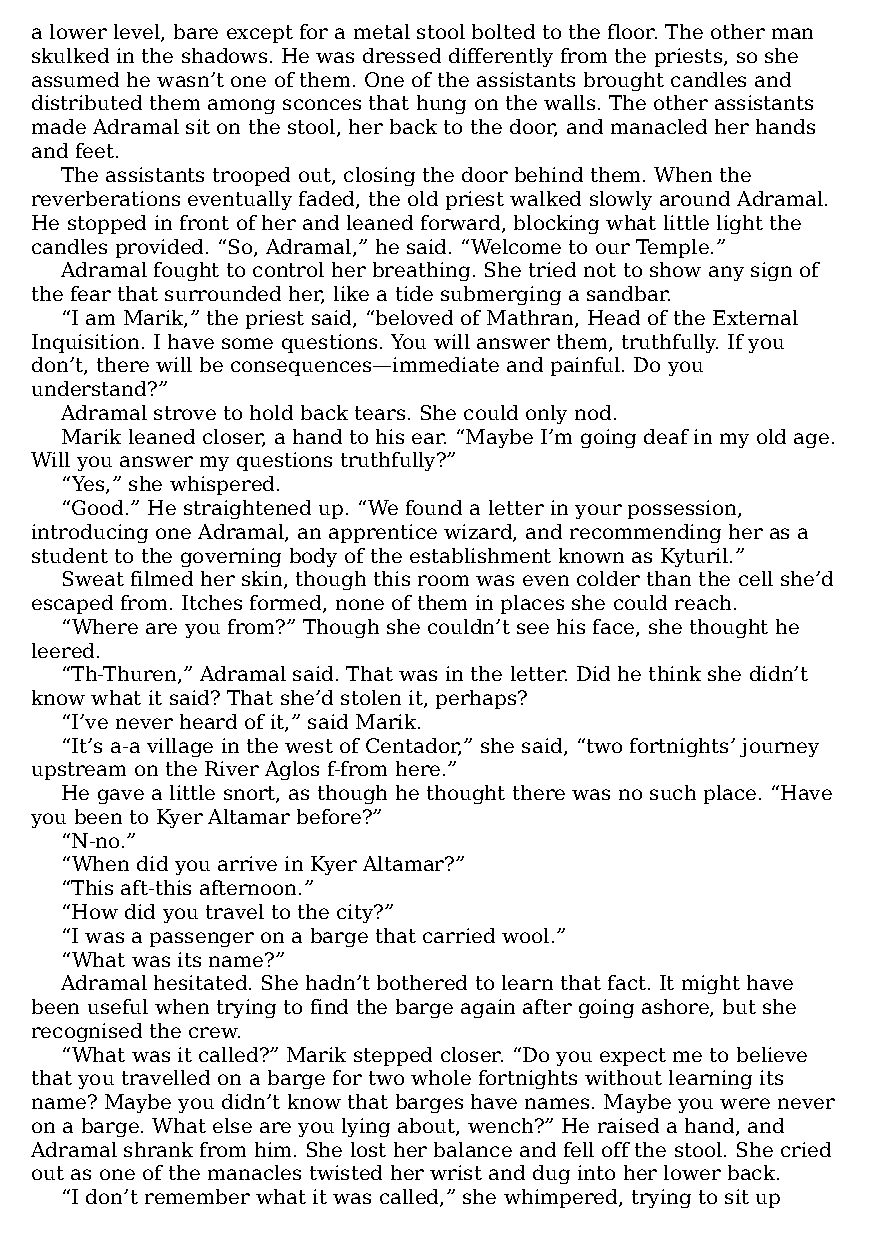
a lower level, bare except for a metal stool bolted to the floor. The other man
 skulked in the shadows. He was dressed differently from the priests, so she
 assumed he wasn’t one of them. One of the assistants brought candles and
 distributed them among sconces that hung on the walls. The other assistants
 made Adramal sit on the stool, her back to the door, and manacled her hands
 and feet.
 The assistants trooped out, closing the door behind them. When the
 reverberations eventually faded, the old priest walked slowly around Adramal.
 He stopped in front of her and leaned forward, blocking what little light the
 candles provided. “So, Adramal,” he said. “Welcome to our Temple.”
 Adramal fought to control her breathing. She tried not to show any sign of
 the fear that surrounded her, like a tide submerging a sandbar.
 “I am Marik,” the priest said, “beloved of Mathran, Head of the External
 Inquisition. I have some questions. You will answer them, truthfully. If you
 don’t, there will be consequences—​immediate and painful. Do you
 understand?”
 Adramal strove to hold back tears. She could only nod.
 Marik leaned closer, a hand to his ear. “Maybe I’m going deaf in my old age.
 Will you answer my questions truthfully?”
 “Yes,” she whispered.
 “Good.” He straightened up. “We found a letter in your possession,
 introducing one Adramal, an apprentice wizard, and recommending her as a
 student to the governing body of the establishment known as Kyturil.”
 Sweat filmed her skin, though this room was even colder than the cell she’d
 escaped from. Itches formed, none of them in places she could reach.
 “Where are you from?” Though she couldn’t see his face, she thought he
 leered.
 “Th-Thuren,” Adramal said. That was in the letter. Did he think she didn’t
 know what it said? That she’d stolen it, perhaps?
 “I’ve never heard of it,” said Marik.
 “It’s a-a village in the west of Centador,” she said, “two fortnights’ journey
 upstream on the River Aglos f-from here.”
 He gave a little snort, as though he thought there was no such place. “Have
 you been to Kyer Altamar before?”
 “N-no.”
 “When did you arrive in Kyer Altamar?”
 “This aft-this afternoon.”
 “How did you travel to the city?”
 “I was a passenger on a barge that carried wool.”
 “What was its name?”
 Adramal hesitated. She hadn’t bothered to learn that fact. It might have
 been useful when trying to find the barge again after going ashore, but she
 recognised the crew.
 “What was it called?” Marik stepped closer. “Do you expect me to believe
 that you travelled on a barge for two whole fortnights without learning its
 name? Maybe you didn’t know that barges have names. Maybe you were never
 on a barge. What else are you lying about, wench?” He raised a hand, and
 Adramal shrank from him. She lost her balance and fell off the stool. She cried
 out as one of the manacles twisted her wrist and dug into her lower back.
 “I don’t remember what it was called,” she whimpered, trying to sit up